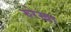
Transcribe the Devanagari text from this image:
रुरेखा